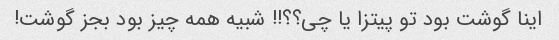
اینا گوشت بود تو پیتزا یا چی؟؟!! شبیه همه چیز بود بجز گوشت!